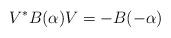
LaTeX: \begin{align*} V^{*}B(\alpha)V=-B(-\alpha) \end{align*}